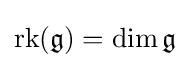
\operatorname {rk} ({\mathfrak {g}})=\dim {\mathfrak {g}}